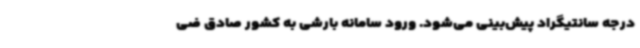
درجه سانتیگراد پیش‌بینی می‌شود. ورود سامانه بارشی به کشور صادق ضی